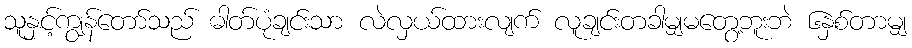
သူနှင့်ကျွန်တော်သည် ဓါတ်ပုံချင်းသာ လဲလှယ်ထားလျက် လူချင်းတခါမျှမတွေ့ဘူးဘဲ ၆နှစ်တာမျှ